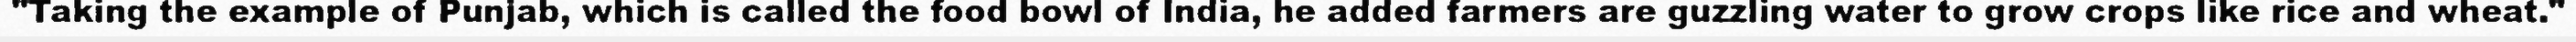
"Taking the example of Punjab, which is called the food bowl of India, he added farmers are guzzling water to grow crops like rice and wheat."